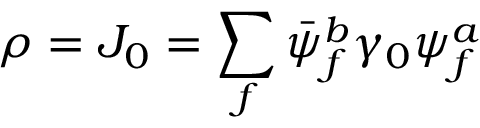
\rho = J _ { 0 } = \sum _ { f } \bar { \psi } _ { f } ^ { b } \gamma _ { 0 } \psi _ { f } ^ { a }